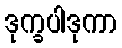
ဒုက္ခပါဒုကာ